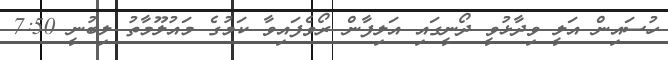
ހުސައިން އަލީ ވިދާޅުވީ ދޯނީގައި އަލިފާން ރޯވެފައިވާ ކަމުގެ މައުލޫމާތު ލިބުނީ 7:50